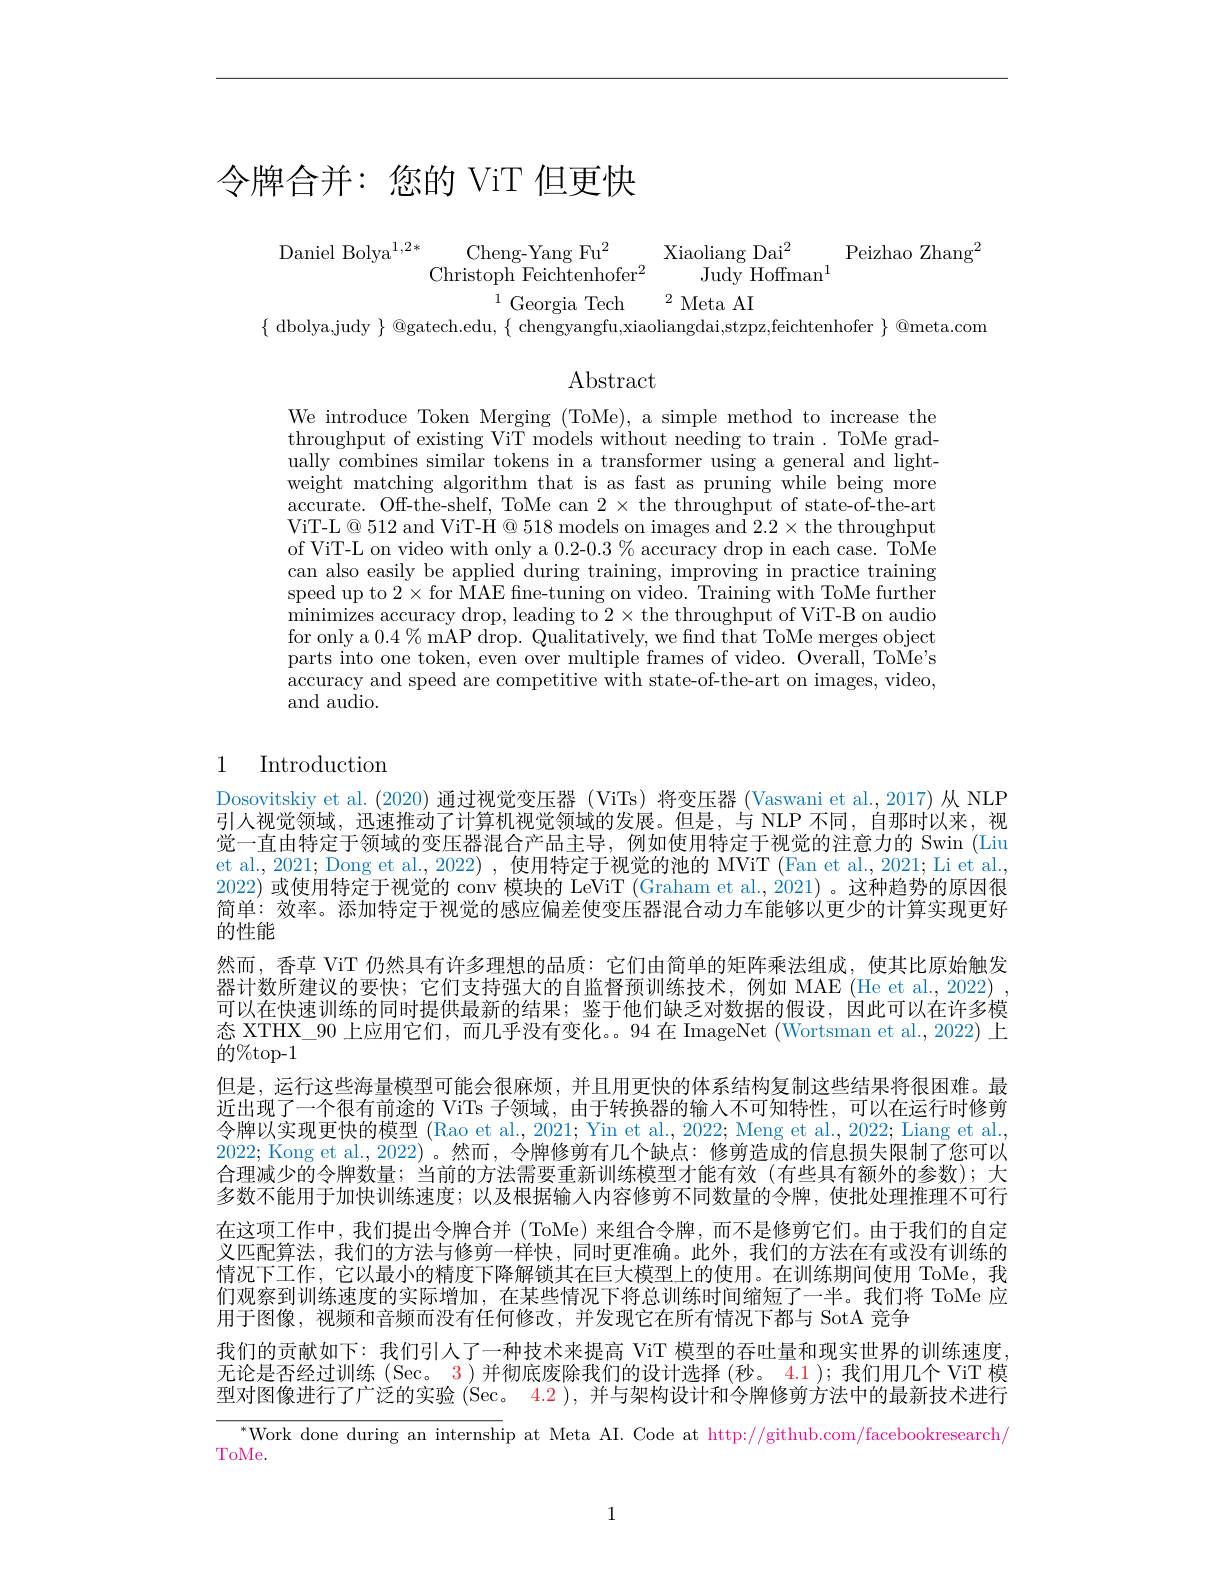
# 令牌合并：您的 ViT 但更快

$\begin{array}{cc}{\mathrm{Daniel~Bolya}^{1,2*}}&{\mathrm{Cheng-Yang~Fu}^{2}}&{\mathrm{Xiaoliang~Dai}^{2}}\\{\mathrm{Christoph~Feichtenhofer}^{2}}&{\mathrm{Judy~Hoffman}^{1}}\end{array}$Peizhao Zhang$^2$
$^{1}$Georgia Tech$^2$Meta AI
$\{$ dbolya,judy $\}$ @gatech.edu, $\{$ chengyangfu,xiaoliangdai,stzpz,feichtenhofer $\}$ @meta.com

$\operatorname{Abstract}$

We introduce Token Merging (ToMe), a simple method to increase the throughput of existing ViT models without needing to train. ToMe gradually combines similar tokens in a transformer using a general and lightweight matching algorithm that is as fast as pruning while being more accurate. Off-the-shelf, ToMe can 2 × the throughput of state-of-the-art ViT-L@512 and ViT-H@518 models on images and $2.2\times$the throughput of ViT-L on video with only a 0.2-0.3 % accuracy drop in each case. ToMe can also easily be applied during training, improving in practice training speed up to $2\times$for MAE fne-tuning on video. Training with ToMe further $\dot{\text{minimizes accuracy drop, leading to }2}\times$the throughput of ViT-B on audio for only a $0.4\%$ mAP drop. Qualitatively, we find that ToMe merges object parts into one token, even over multiple frames of video. Overall, ToMe's accuracy and speed are competitive with state-of-the-art on images, video, and audio.

# 1 Introduction

Dosovitskiy et al. (2020)通过视觉变压器 (ViTs) 将变压器 (Vaswani et al, 2017) 从 NLP 引人视觉领域，迅速推动了计算机视觉领域的发展。但是，与 NLP 不同，自那时以来，视觉一直由特定于领域的变压器混合产品主导，例如使用特定于视觉的注意力的 Swin (Liu et al., 2021; Dong et al., 2022) , 使用特定于视觉的池的 MViT (Fan et al., 2021; Li et al., 2022) 或使用特定于视觉的 conv 模块的 LeViT (Graham et al., 2021) 。这种趋势的原因很简单：效率。添加特定于视觉的感应偏差使变压器混合动力车能够以更少的计算实现更好的性能
然而，香草 ViT 仍然具有许多理想的品质：它们由简单的矩阵乘法组成，使其比原始触发器计数所建议的要快；它们支持强大的自监督预训练技术，例如 MAE (He et al.,2022) , 可以在快速训练的同时提供最新的结果；鉴于他们缺乏对数据的假设，因此可以在许多模态 XTHX\_90 上应用它们，而几乎没有变化。。94 在 ImageNet (Wortsman et al.,2022) 上$\bar{\text{的}}\%$top-1
但是，运行这些海量模型可能会很麻烦，并且用更快的体系结构复制这些结果将很困难。最近出现了一个很有前途的 ViTs 子领域，由于转换器的输人不可知特性，可以在运行时修剪令牌以实现更快的模型 (Rao et al., 2021; Yin et al., 2022; Meng et al., 2022; Liang et al., 2022; Kong et al., 2022)。然而，令牌修剪有几个缺点：修剪造成的信息损失限制了您可以合理减少的令牌数量；当前的方法需要重新训练模型才能有效(有些具有额外的参数);大多数不能用于加快训练速度；以及根据输入内容修剪不同数量的令牌，使批处理推理不可行在这项工作中，我们提出令牌合并(ToMe)来组合令牌，而不是修剪它们。由于我们的自定义匹配算法，我们的方法与修剪一样快，同时更准确。此外，我们的方法在有或没有训练的情况下工作，它以最小的精度下降解锁其在巨大模型上的使用。在训练期间使用 ToMe,我们观察到训练速度的实际增加，在某些情况下将总训练时间缩短了一半。我们将 ToMe 应用于图像，视频和音频而没有任何修改，并发现它在所有情况下都与 SotA 竞争
我们的贡献如下：我们引人了一种技术来提高 ViT 模型的吞吐量和现实世界的训练速度， 无论是否经过训练$(\sec$。3)并彻底废除我们的设计选择 (秒。4.1); 我们用几个 ViT 模型对图像进行了广泛的实验(Sec。4.2 ), 并与架构设计和令牌修剪方法中的最新技术进行$\sqrt{\text{“Work done during an internsh}}$p at Meta AI. Code at http://github.com/facebookresearch/

ToMe.

1